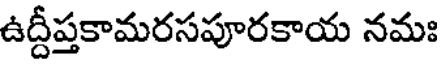
ఉద్దీప్తకామరసపూరకాయ నమః